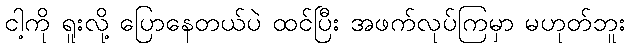
ငါ့ကို ရူးလို့ ပြောနေတယ်ပဲ ထင်ပြီး အဖက်လုပ်ကြမှာ မဟုတ်ဘူး